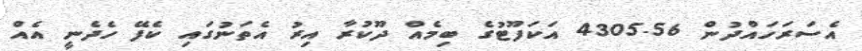
އެސަރަހައްދުން 4305.56 އަކަފޫޓުގެ ބިމެއް ދޫކުރާ އިރު އެތަނުގައި ކެފޭ ހެދެނީ އެއް